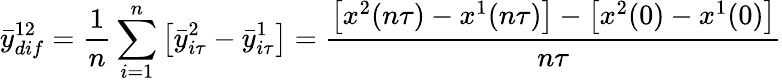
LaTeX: \bar{y}_{dif}^{12}=\frac{1}{n}\sum_{i=1}^{n}\left[\bar{y}_{i\tau}^{2}-\bar{y}_{i\tau}^{1}\right]=\frac{{\left[x^{2}(n\tau)-x^{1}(n\tau)\right]}-{\left[x^{2}(0)-x^{1}(0)\right]}}{n\tau}